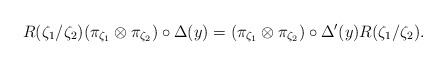
\begin{align*}R(\zeta_1 /\zeta_2)(\pi_{\zeta_1} \otimes\pi_{\zeta_2})\circ\Delta(y)=(\pi_{\zeta_1} \otimes\pi_{\zeta_2})\circ\Delta'(y)R(\zeta_1 /\zeta_2).\end{align*}